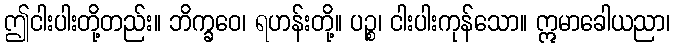
ဤငါးပါးတို့တည်း။ ဘိက္ခဝေ၊ ရဟန်းတို့။ ပဉ္စ၊ ငါးပါးကုန်သော။ ဣမာခေါယညာ၊